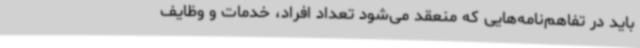
باید در تفاهم‌نامه‌هایی که منعقد می‌شود تعداد افراد، خدمات و وظایف